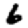
Digit: 6